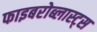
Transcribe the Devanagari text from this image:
फाइबरोब्लास्ट्स